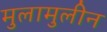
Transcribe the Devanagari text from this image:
मुलामुलीन